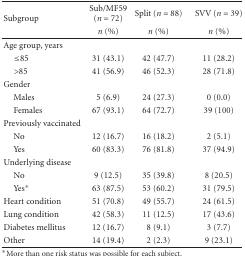
<table><thead><tr><td rowspan="2"><b>Subgroup</b></td><td><b>Sub/MF59 (<i>n</i> = 72)</b></td><td><b>Split (<i>n</i> = 88)</b></td><td><b>SVV (<i>n</i> = 39)</b></td></tr><tr><td><b><i>n</i> (%)</b></td><td><b><i>n</i> (%)</b></td><td><b><i>n</i> (%)</b></td></tr></thead><tbody><tr><td>Age group, years</td><td></td><td></td><td></td></tr><tr><td> ≤85</td><td>31 (43.1)</td><td>42 (47.7)</td><td>11 (28.2)</td></tr><tr><td> &gt;85</td><td>41 (56.9)</td><td>46 (52.3)</td><td>28 (71.8)</td></tr><tr><td>Gender</td><td></td><td></td><td></td></tr><tr><td> Males</td><td>5 (6.9)</td><td>24 (27.3)</td><td>0 (0.0)</td></tr><tr><td> Females</td><td>67 (93.1)</td><td>64 (72.7)</td><td>39 (100)</td></tr><tr><td>Previously vaccinated</td><td></td><td></td><td></td></tr><tr><td> No</td><td>12 (16.7)</td><td>16 (18.2)</td><td>2 (5.1)</td></tr><tr><td> Yes</td><td>60 (83.3)</td><td>76 (81.8)</td><td>37 (94.9)</td></tr><tr><td>Underlying disease</td><td></td><td></td><td></td></tr><tr><td> No</td><td>9 (12.5)</td><td>35 (39.8)</td><td>8 (20.5)</td></tr><tr><td> Yes*</td><td>63 (87.5)</td><td>53 (60.2)</td><td>31 (79.5)</td></tr><tr><td>Heart condition</td><td>51 (70.8)</td><td>49 (55.7)</td><td>24 (61.5)</td></tr><tr><td>Lung condition</td><td>42 (58.3)</td><td>11 (12.5)</td><td>17 (43.6)</td></tr><tr><td>Diabetes mellitus</td><td>12 (16.7)</td><td>8 (9.1)</td><td>3 (7.7)</td></tr><tr><td>Other</td><td>14 (19.4)</td><td>2 (2.3)</td><td>9 (23.1)</td></tr></tbody></table>